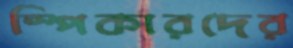
স্পিকারদের